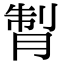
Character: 𦜗